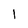
Character: l